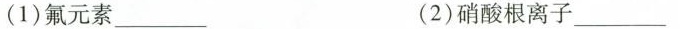
(1)氟元素\underline(2)硝酸根离子\underline